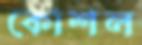
কোশল